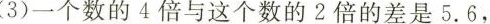
(3)一个数的4倍与这个数的2倍的差是5.6，